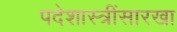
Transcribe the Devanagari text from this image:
पदेशास्त्रींसारखा